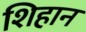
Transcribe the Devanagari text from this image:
शिहान